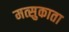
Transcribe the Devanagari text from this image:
मत्सुकाता